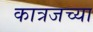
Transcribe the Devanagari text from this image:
कात्रजच्या